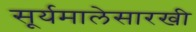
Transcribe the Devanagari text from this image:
सूर्यमालेसारखी